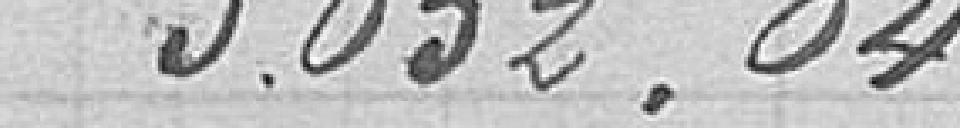
5.052,04